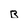
Character: B